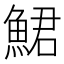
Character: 鮶